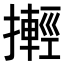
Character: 𢷰